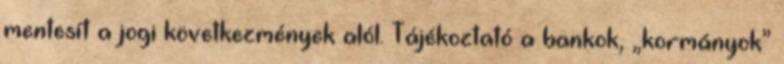
mentesít a jogi következmények alól. Tájékoztató a bankok, „kormányok”